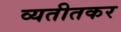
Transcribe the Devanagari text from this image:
व्यतीतकर